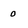
Character: 0